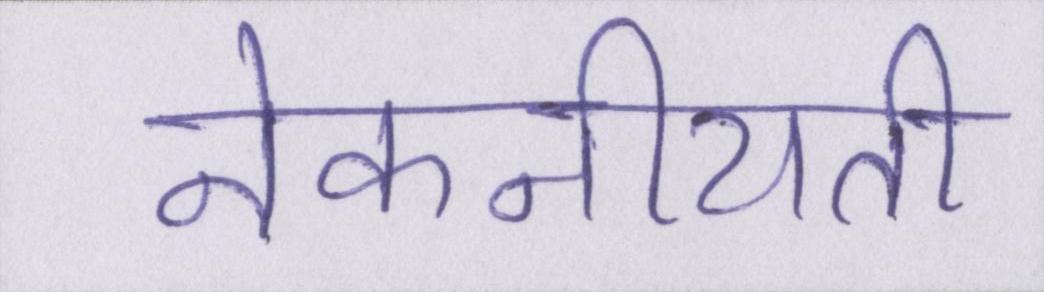
नेकनीयती